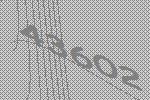
43602